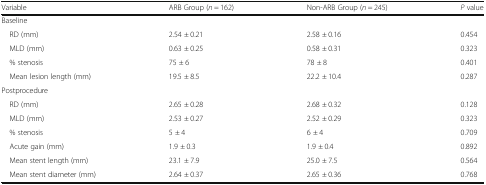
<table><thead><tr><td><b>Variable</b></td><td><b>ARB Group (<i>n</i> = 162)</b></td><td><b>Non-ARB Group (<i>n</i> = 245)</b></td><td><b><i>P</i> value</b></td></tr></thead><tbody><tr><td colspan="4">Baseline</td></tr><tr><td> RD (mm)</td><td>2.54 ± 0.21</td><td>2.58 ± 0.16</td><td>0.454</td></tr><tr><td> MLD (mm)</td><td>0.63 ± 0.25</td><td>0.58 ± 0.31</td><td>0.323</td></tr><tr><td> % stenosis</td><td>75 ± 6</td><td>78 ± 8</td><td>0.401</td></tr><tr><td> Mean lesion length (mm)</td><td>19.5 ± 8.5</td><td>22.2 ± 10.4</td><td>0.287</td></tr><tr><td colspan="4">Postprocedure</td></tr><tr><td> RD (mm)</td><td>2.65 ± 0.28</td><td>2.68 ± 0.32</td><td>0.128</td></tr><tr><td> MLD (mm)</td><td>2.53 ± 0.27</td><td>2.52 ± 0.29</td><td>0.323</td></tr><tr><td> % stenosis</td><td>5 ± 4</td><td>6 ± 4</td><td>0.709</td></tr><tr><td> Acute gain (mm)</td><td>1.9 ± 0.3</td><td>1.9 ± 0.4</td><td>0.892</td></tr><tr><td> Mean stent length (mm)</td><td>23.1 ± 7.9</td><td>25.0 ± 7.5</td><td>0.564</td></tr><tr><td> Mean stent diameter (mm)</td><td>2.64 ± 0.37</td><td>2.65 ± 0.36</td><td>0.768</td></tr></tbody></table>